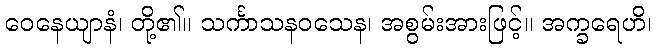
ဝေနေယျာနံ၊ တို့၏။ သင်္ကာသနဝသေန၊ အစွမ်းအားဖြင့်။ အက္ခရေဟိ၊